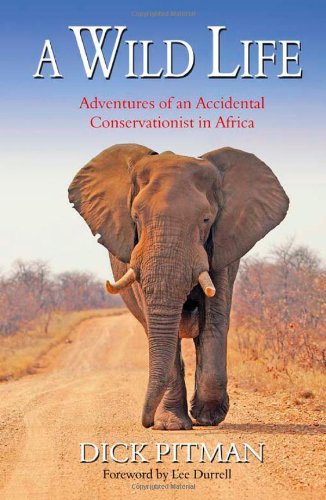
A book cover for A Wild Life: 25 Years in Animal Conservation in Africa; Dick Pitman; Travel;